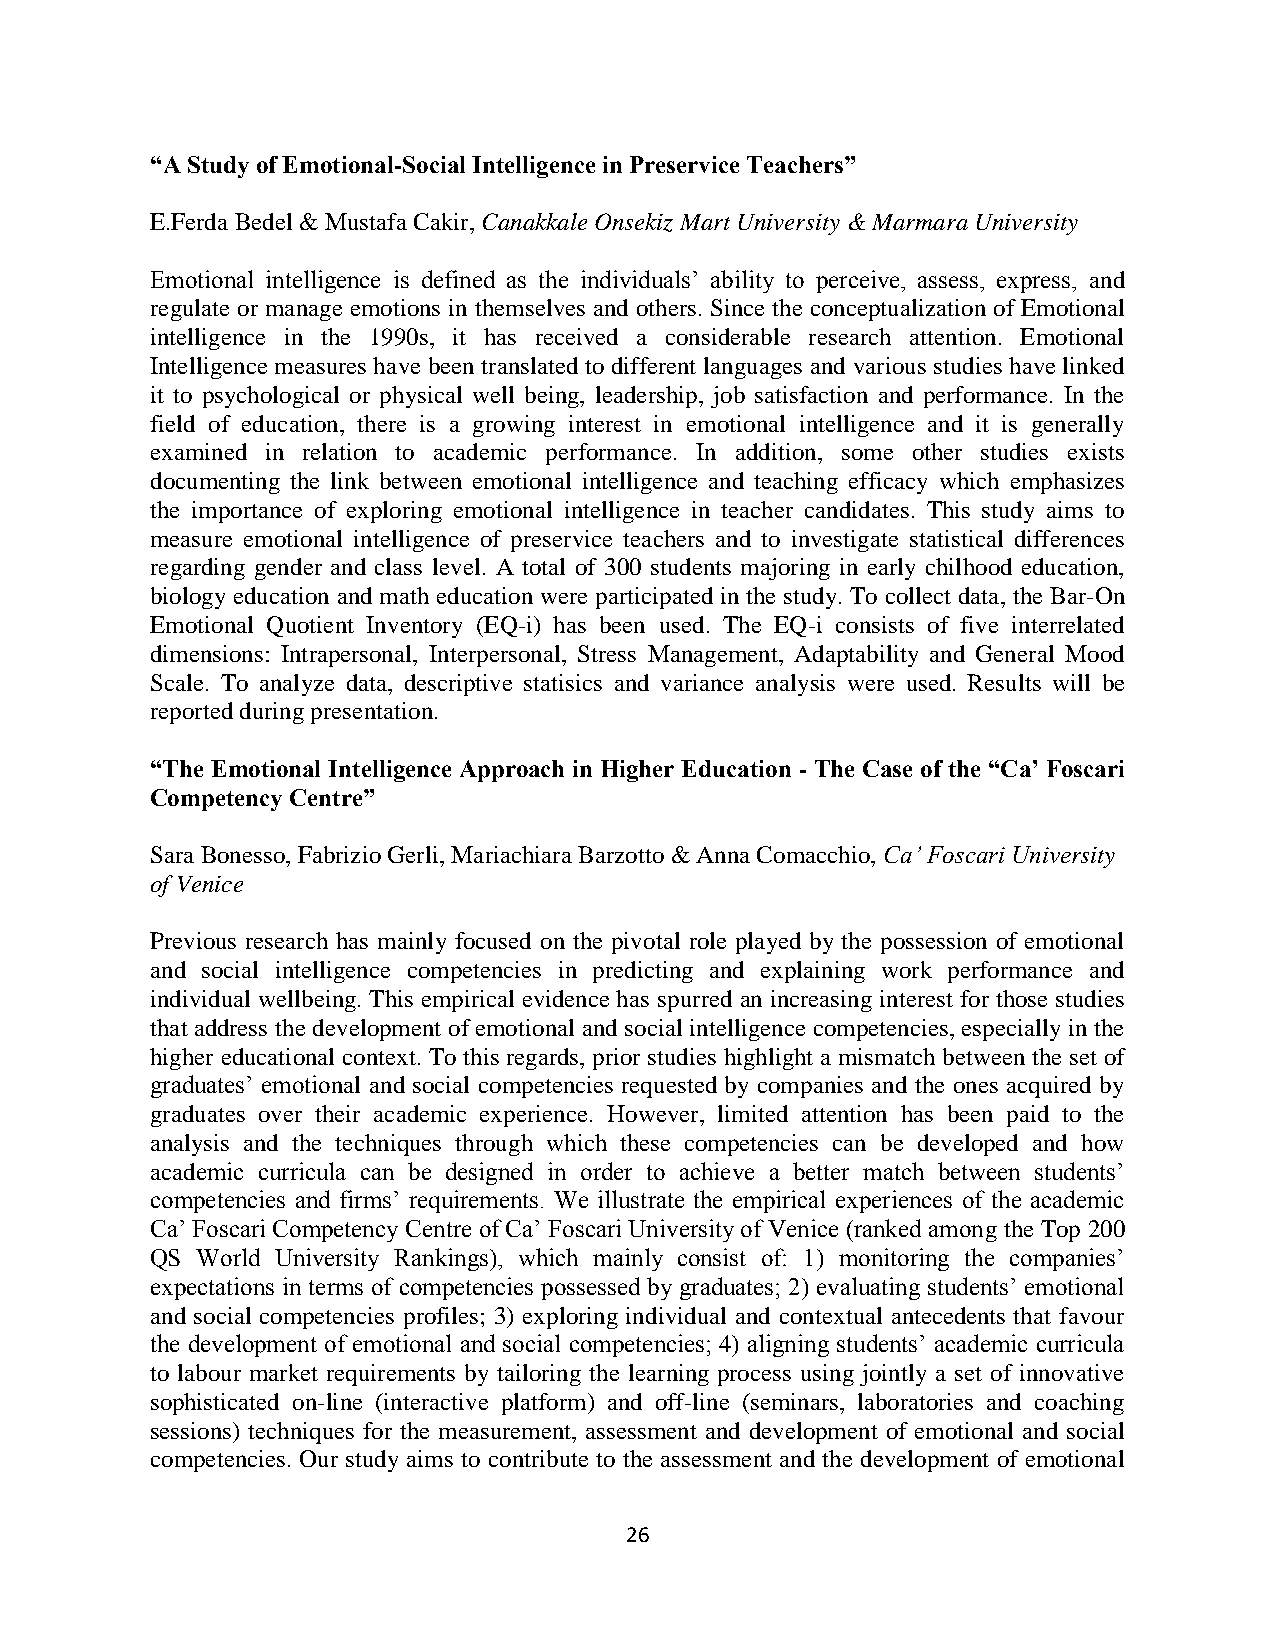
“A Study of Emotional-Social Intelligence in Preservice Teachers”
 E.Ferda Bedel & Mustafa Cakir, Canakkale Onsekiz Mart University & Marmara University
 Emotional intelligence is defined as the individuals’ ability to perceive, assess, express, and
 regulate or manage emotions in themselves and others. Since the conceptualization of Emotional
 intelligence in the 1990s, it has received a considerable research attention. Emotional
 Intelligence measures have been translated to different languages and various studies have linked
 it to psychological or physical well being, leadership, job satisfaction and performance. In the
 field of education, there is a growing interest in emotional intelligence and it is generally
 examined in relation to academic performance. In addition, some other studies exists
 documenting the link between emotional intelligence and teaching efficacy which emphasizes
 the importance of exploring emotional intelligence in teacher candidates. This study aims to
 measure emotional intelligence of preservice teachers and to investigate statistical differences
 regarding gender and class level. A total of 300 students majoring in early chilhood education,
 biology education and math education were participated in the study. To collect data, the Bar-On
 Emotional Quotient Inventory (EQ-i) has been used. The EQ-i consists of five interrelated
 dimensions: Intrapersonal, Interpersonal, Stress Management, Adaptability and General Mood
 Scale. To analyze data, descriptive statisics and variance analysis were used. Results will be
 reported during presentation.
 “The Emotional Intelligence Approach in Higher Education - The Case of the “Ca’ Foscari
 Competency Centre”
 Sara Bonesso, Fabrizio Gerli, Mariachiara Barzotto & Anna Comacchio, Ca’ Foscari University
 of Venice
 Previous research has mainly focused on the pivotal role played by the possession of emotional
 and social intelligence competencies in predicting and explaining work performance and
 individual wellbeing. This empirical evidence has spurred an increasing interest for those studies
 that address the development of emotional and social intelligence competencies, especially in the
 higher educational context. To this regards, prior studies highlight a mismatch between the set of
 graduates’ emotional and social competencies requested by companies and the ones acquired by
 graduates over their academic experience. However, limited attention has been paid to the
 analysis and the techniques through which these competencies can be developed and how
 academic curricula can be designed in order to achieve a better match between students’
 competencies and firms’ requirements. We illustrate the empirical experiences of the academic
 Ca’ Foscari Competency Centre of Ca’ Foscari University of Venice (ranked among the Top 200
 QS World University Rankings), which mainly consist of: 1) monitoring the companies’
 expectations in terms of competencies possessed by graduates; 2) evaluating students’ emotional
 and social competencies profiles; 3) exploring individual and contextual antecedents that favour
 the development of emotional and social competencies; 4) aligning students’ academic curricula
 to labour market requirements by tailoring the learning process using jointly a set of innovative
 sophisticated on-line (interactive platform) and off-line (seminars, laboratories and coaching
 sessions) techniques for the measurement, assessment and development of emotional and social
 competencies. Our study aims to contribute to the assessment and the development of emotional
 26